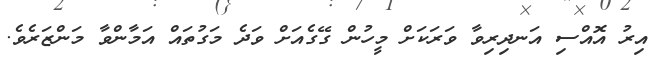
އިރު އޮއްސި އަނދިރިވާ ވަރަކަށް މީހުން ގޭގެއަށް ވަދެ މަގުތައް އަމާންވާ މަންޒަރެވެ.